Bombay plague: being a history of the progress of plague in the Bombay presidency from September 1896 to June 1899
Year: 1896
Disease focus: Plague
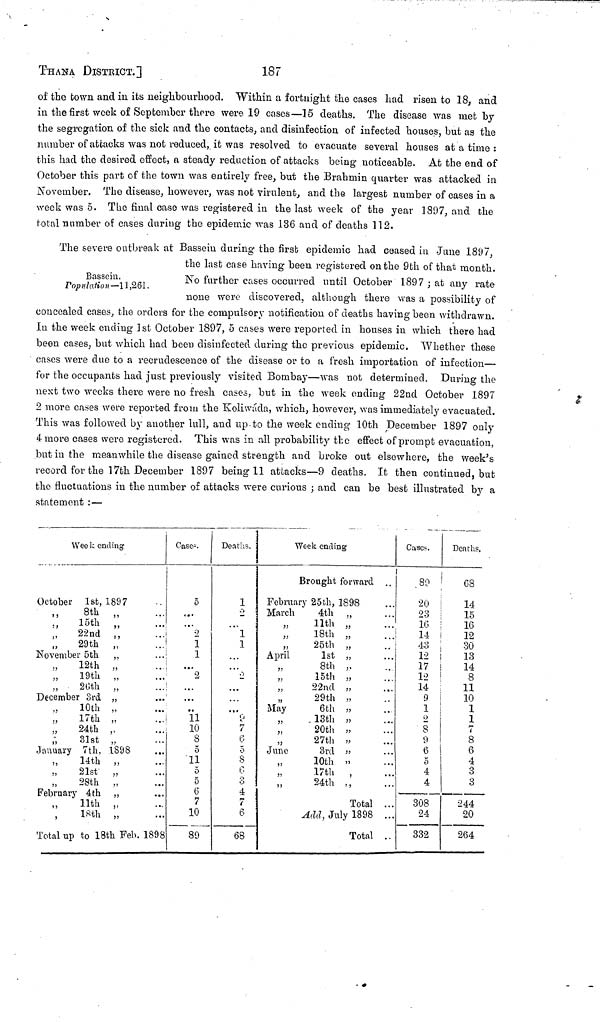
ΤΗΑΝa DISTrICT.]
187
of the town and in its neighbourhood. Within a fortnight the cases had risen to 18, and
in the first week of September there were 19 cases—15 deaths. The disease was met by
the segregation of the sick and the contacts, and disinfection of infected houses, but as the
number of attacks was not reduced, it was resolved to evacuate several houses at a time :
this had the desired effect, ft steady reduction of attacks being noticeable. At the end of
October this part of the town was entirely free, but the Brahmin quarter was attacked in
November. The disease, however, was not virulent, and the largest number of cases in a
week was 5. The final case was registered in the last week of the year 1897, and the
total number of cases during the epidemic was 136 and of deaths 112.
Bassein,
Population— Π ,261.
The severe outbreak at Bassein during the first epidemic had ceased in June 1897,
the last case having been registered on the 9th of that month.
No further cases occurred until October 1897 ; at any rate
none were discovered, although there was a possibility of
concealed cases, the orders for the compulsory notification of deaths having been withdrawn.
In the week ending 1st October 1897, δ cases were reported in houses in which there had
been cases, but which had been disinfected during the previous epidemic. Whether these
cases were due to a recrudescence of the disease or to a fresh importation of infection—
for the occupants had just previously visited Bombay—was not determined. During the
next two weeks there were no fresh cases, but in the week ending 22nd October 1897
2 more cases were reported from the Koliwáda, which, however, was immediately evacuated.
This was followed by another lull, and up to the week ending 10th December 1897 only
4 more cases were registered. This was in all probability the effect of prompt evacuation,
but in the meanwhile the disease gained strength and broke out elsewhere, the week's
record for the 17th December 1897 being 11 attacks—9 deaths. It then continued, but
the fluctuations in the number of attacks were curious ; and can be best illustrated by a
statement : —
Wee k ending
October 1st, 1897 ...
,, 8th „ ...
,,
15th
„ ...
,, 22nd ,, ...
,, 29th „ ...
November 5th ,, ...
,, 12th „ ...
,, 19th „ ...
,, 26th „ ...
December 3rd „ ...
,, 10th „ ...
„
17th
„ ...
,, 24th „ ...
,, 31st „ ...
January 7th, 1898 ...
,, 14th „ ...
,, 21st „ ...
,, 28th „ ...
February 4th „ ...
,,
11th
„ ...
,, 18th „ ...
Total up to 18th Feb. 1898
Cases.
...
...
2
1
1
...
2
....
...
...
11
10
8
5
11
5
5
6
7
10
89
Deaths.
1
2
...
1
1
...
2
...
...
....
2
7
6
5
8
6
4 7
6
68
Week ending
Brought forward
February 25th, 1898
March
4th ,,
,, 11th ,,
,,18th ,,
,, 25th ,,
April
1st ,,
,, 8th ,,
,, 15th ,,
,, 22nd ,,
„ ,, 29th ,,
May
6th ,,
„
13th ,,
„
20th ,,
„
27th ,,
June
3rd ,,
,, 10th ,,
,, 17th ,,
,, 24th ,,
Total
Add, July 1898
Total
...
...
...
...
...
...
...
...
...
...
...
...
..
Cases.
89
20
23
16
14
43
12
17
12
14
9
1
2
8
9
6
5
4
4
308
24
332
Deaths.
C8
14
15
16
12
30
13
14
8
11
10
1
1
7
8
6
4
3
3
244
20
264